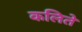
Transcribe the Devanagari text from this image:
कलिते